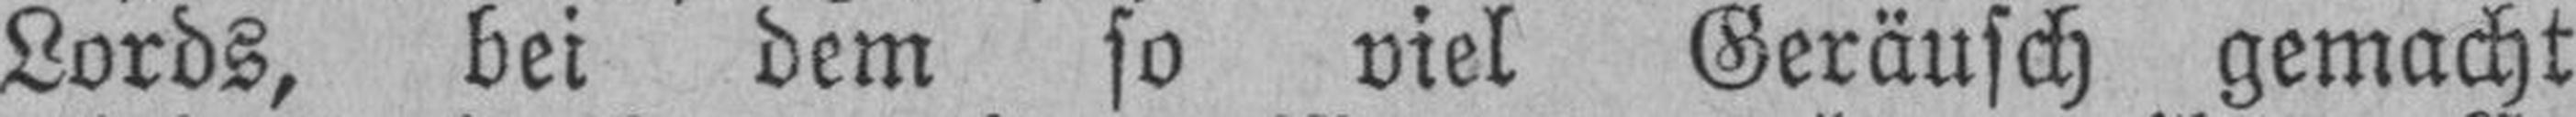
Lords, bei dem so viel Geräusch gemacht